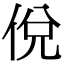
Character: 侻